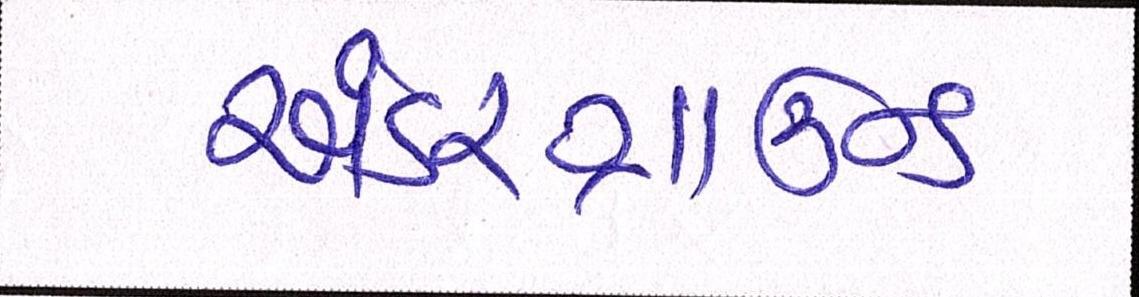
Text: અંડરગ્રાઉન્ડ